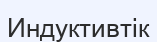
Индуктивтік